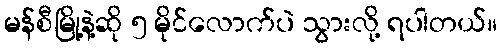
မန်စီမြို့နဲ့ဆို ၅ မိုင်လောက်ပဲ သွားလို့ ရပါတယ်။